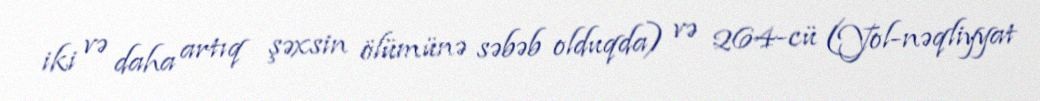
iki və daha artıq şəxsin ölümünə səbəb olduqda) və 264-cü (Yol-nəqliyyat